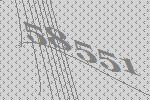
58551